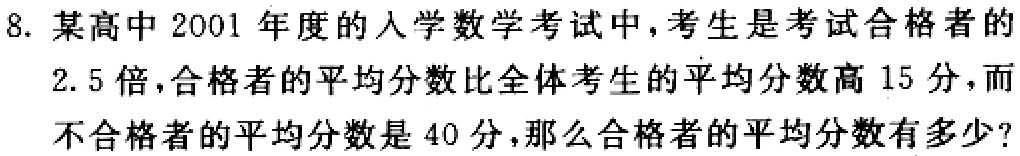
8. 某高中2001年度的入学数学考试中，考生是考试合格者的

2.5倍，合格者的平均分数比全体考生的平均分数高15分，而

不合格者的平均分数是40分，那么合格者的平均分数有多少?